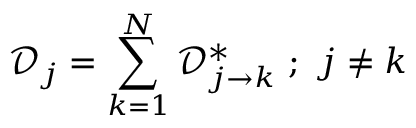
\mathcal { D } _ { j } = \sum _ { k = 1 } ^ { N } \mathcal { D } _ { j \rightarrow k } ^ { * } ~ ; ~ j \neq k